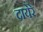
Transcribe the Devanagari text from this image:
दायेरे